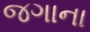
જગાના